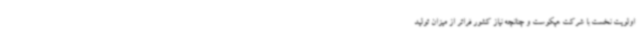
اولویت نخست با شرکت هپکوست و چنانچه نیاز کشور فراتر از میزان تولید